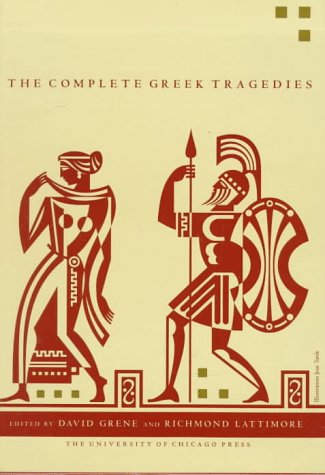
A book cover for The Complete Greek Tragedies; 4 vol; Literature & Fiction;